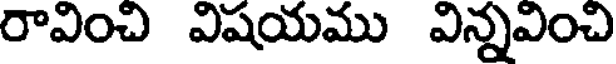
రావించి విషయము విన్నవించి